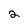
Character: 2